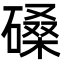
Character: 磉